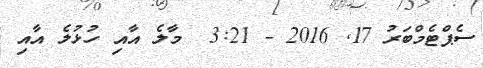
ސެޕްޓެމްބަރު 17